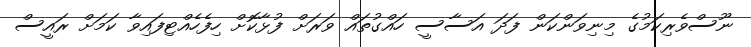
ނޫސްވެރިކަމުގެ މިނިވަންކަން ފަދަ އަސާސީ ހައްގުތައް ވަރަށް ފުޅާކޮށް ހިފެހެއްޓިފައިވާ ކަމަށް ރައީސް